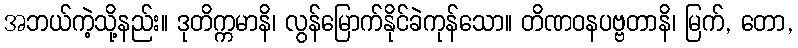
အဘယ်ကဲ့သို့နည်း။ ဒုတိက္ကမာနိ၊ လွန်မြောက်နိုင်ခဲကုန်သော။ တိဏဝနပဗ္ဗတာနိ၊ မြက်, တော,